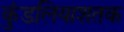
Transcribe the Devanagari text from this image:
कुंडलियाशतक